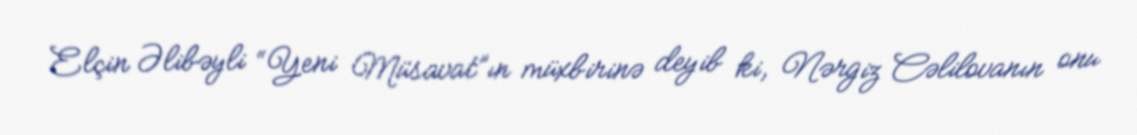
Elçin Əlibəyli “Yeni Müsavat”ın müxbirinə deyib ki, Nərgiz Cəlilovanın onu